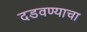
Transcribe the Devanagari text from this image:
दडवण्याचा